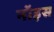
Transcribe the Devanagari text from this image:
नॉइस